Leaving Certificate Examination (including Day School Certificate (Higher) General paper), 1937
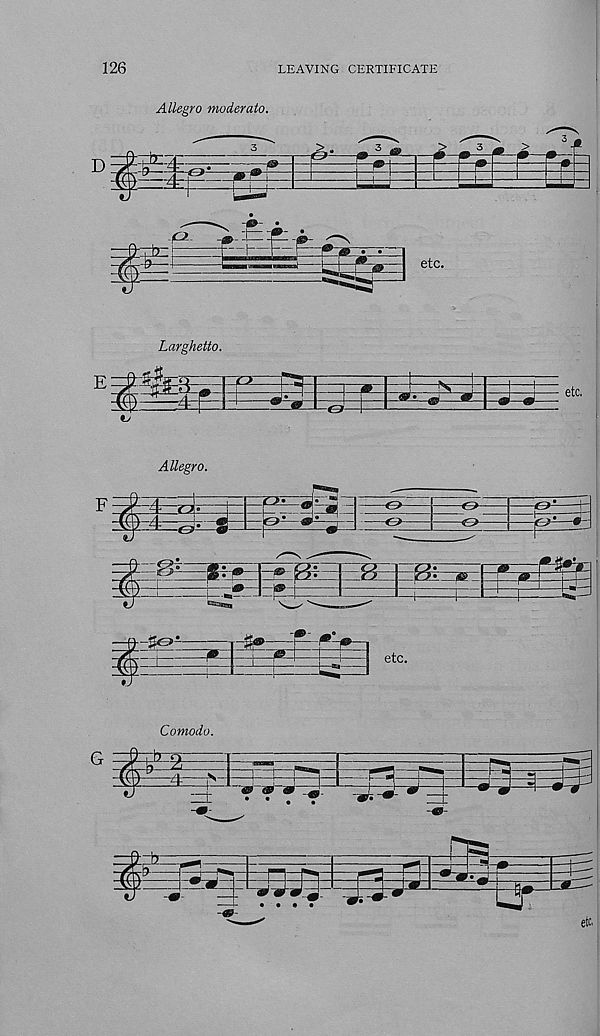
126
LEAVING CERTIFICATE
Allegro moderato.
' ^ - O
,MT ; -
±±L._|
1 1 L
f—h
I s
etc.
Larghetto.
i
T—1“
etc.
(j
Allegro.
^~4—-4—gj^g
<■>
4'>
o r -
«
.3
S• ® ] * F?^—
—pjl' ^ i
a
rr^gdzrgitnEjLZZJ-.
i -1^t=
Encana,
etc.
Comodo.
±fe=^: “® & &
—P5—tj
—T1
» ®
«r.
• •
^
—i- • • • •
^
&
mu